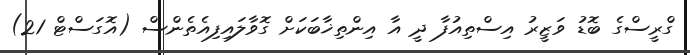
ގްރީސްގެ ބޮޑު ވަޒީރު އިސްތިއުފާ ދީ އާ އިންތިޚާބަކަށް ގޮވާލައިފިއެތެންސް (އޮގަސްޓް 21)